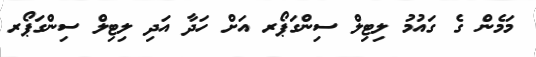
މަމެން ގެ ގައުމު ލިޓިލް ސިންގަޕޯރ އަށް ހަދާ އަދި ލިޓިލް ސިންގަޕޯރ